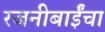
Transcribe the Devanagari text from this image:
रजनीबाईंचा